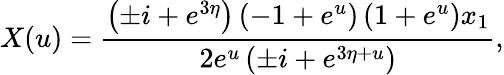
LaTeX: X(u)={\frac{\left(\pm i+e^{3\eta}\right)\left(-1+{e^{u}}\right)\left(1+{e^{u}}\right)x_{1}}{2{e^{u}}\left(\pm i+{e^{3\eta+u}}\right)}},